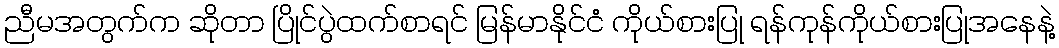
ညီမအတွက်က ဆိုတာ ပြိုင်ပွဲထက်စာရင် မြန်မာနိုင်ငံ ကိုယ်စားပြု ရန်ကုန်ကိုယ်စားပြုအနေနဲ့